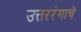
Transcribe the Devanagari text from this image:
उत्तररंगाचे